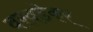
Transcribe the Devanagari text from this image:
वरवडेकर